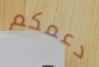
دعمكم